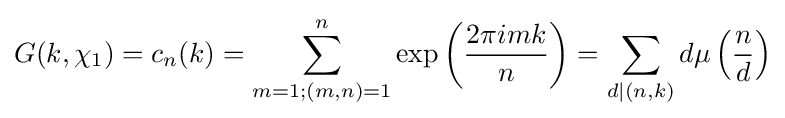
G(k,\chi _{1})=c_{n}(k)=\sum _{m=1;(m,n)=1}^{n}\exp \left({\frac {2\pi imk}{n}}\right)=\sum _{d|(n,k)}d\mu \left({\frac {n}{d}}\right)